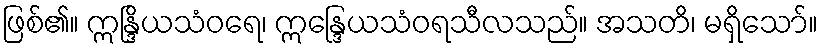
ဖြစ်၏။ ဣန္ဒြိယသံဝရေ၊ ဣန္ဒြေယသံဝရသီလသည်။ အသတိ၊ မရှိသော်။